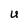
Character: U